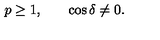
\begin{array} { c c c } { p \geq 1 , } & { } & { \cos { \delta } \neq 0 . } \\ \end{array}